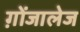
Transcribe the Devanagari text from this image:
ग़ोंजालेज